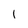
Character: I